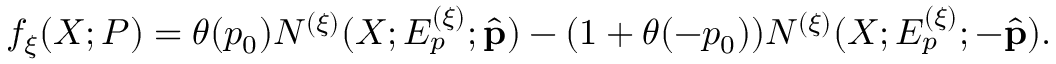
f _ { \xi } ( X ; P ) = \theta ( p _ { 0 } ) N ^ { ( \xi ) } ( X ; E _ { p } ^ { ( \xi ) } ; \hat { \bf p } ) - ( 1 + \theta ( - p _ { 0 } ) ) N ^ { ( \xi ) } ( X ; E _ { p } ^ { ( \xi ) } ; - \hat { \bf p } ) .